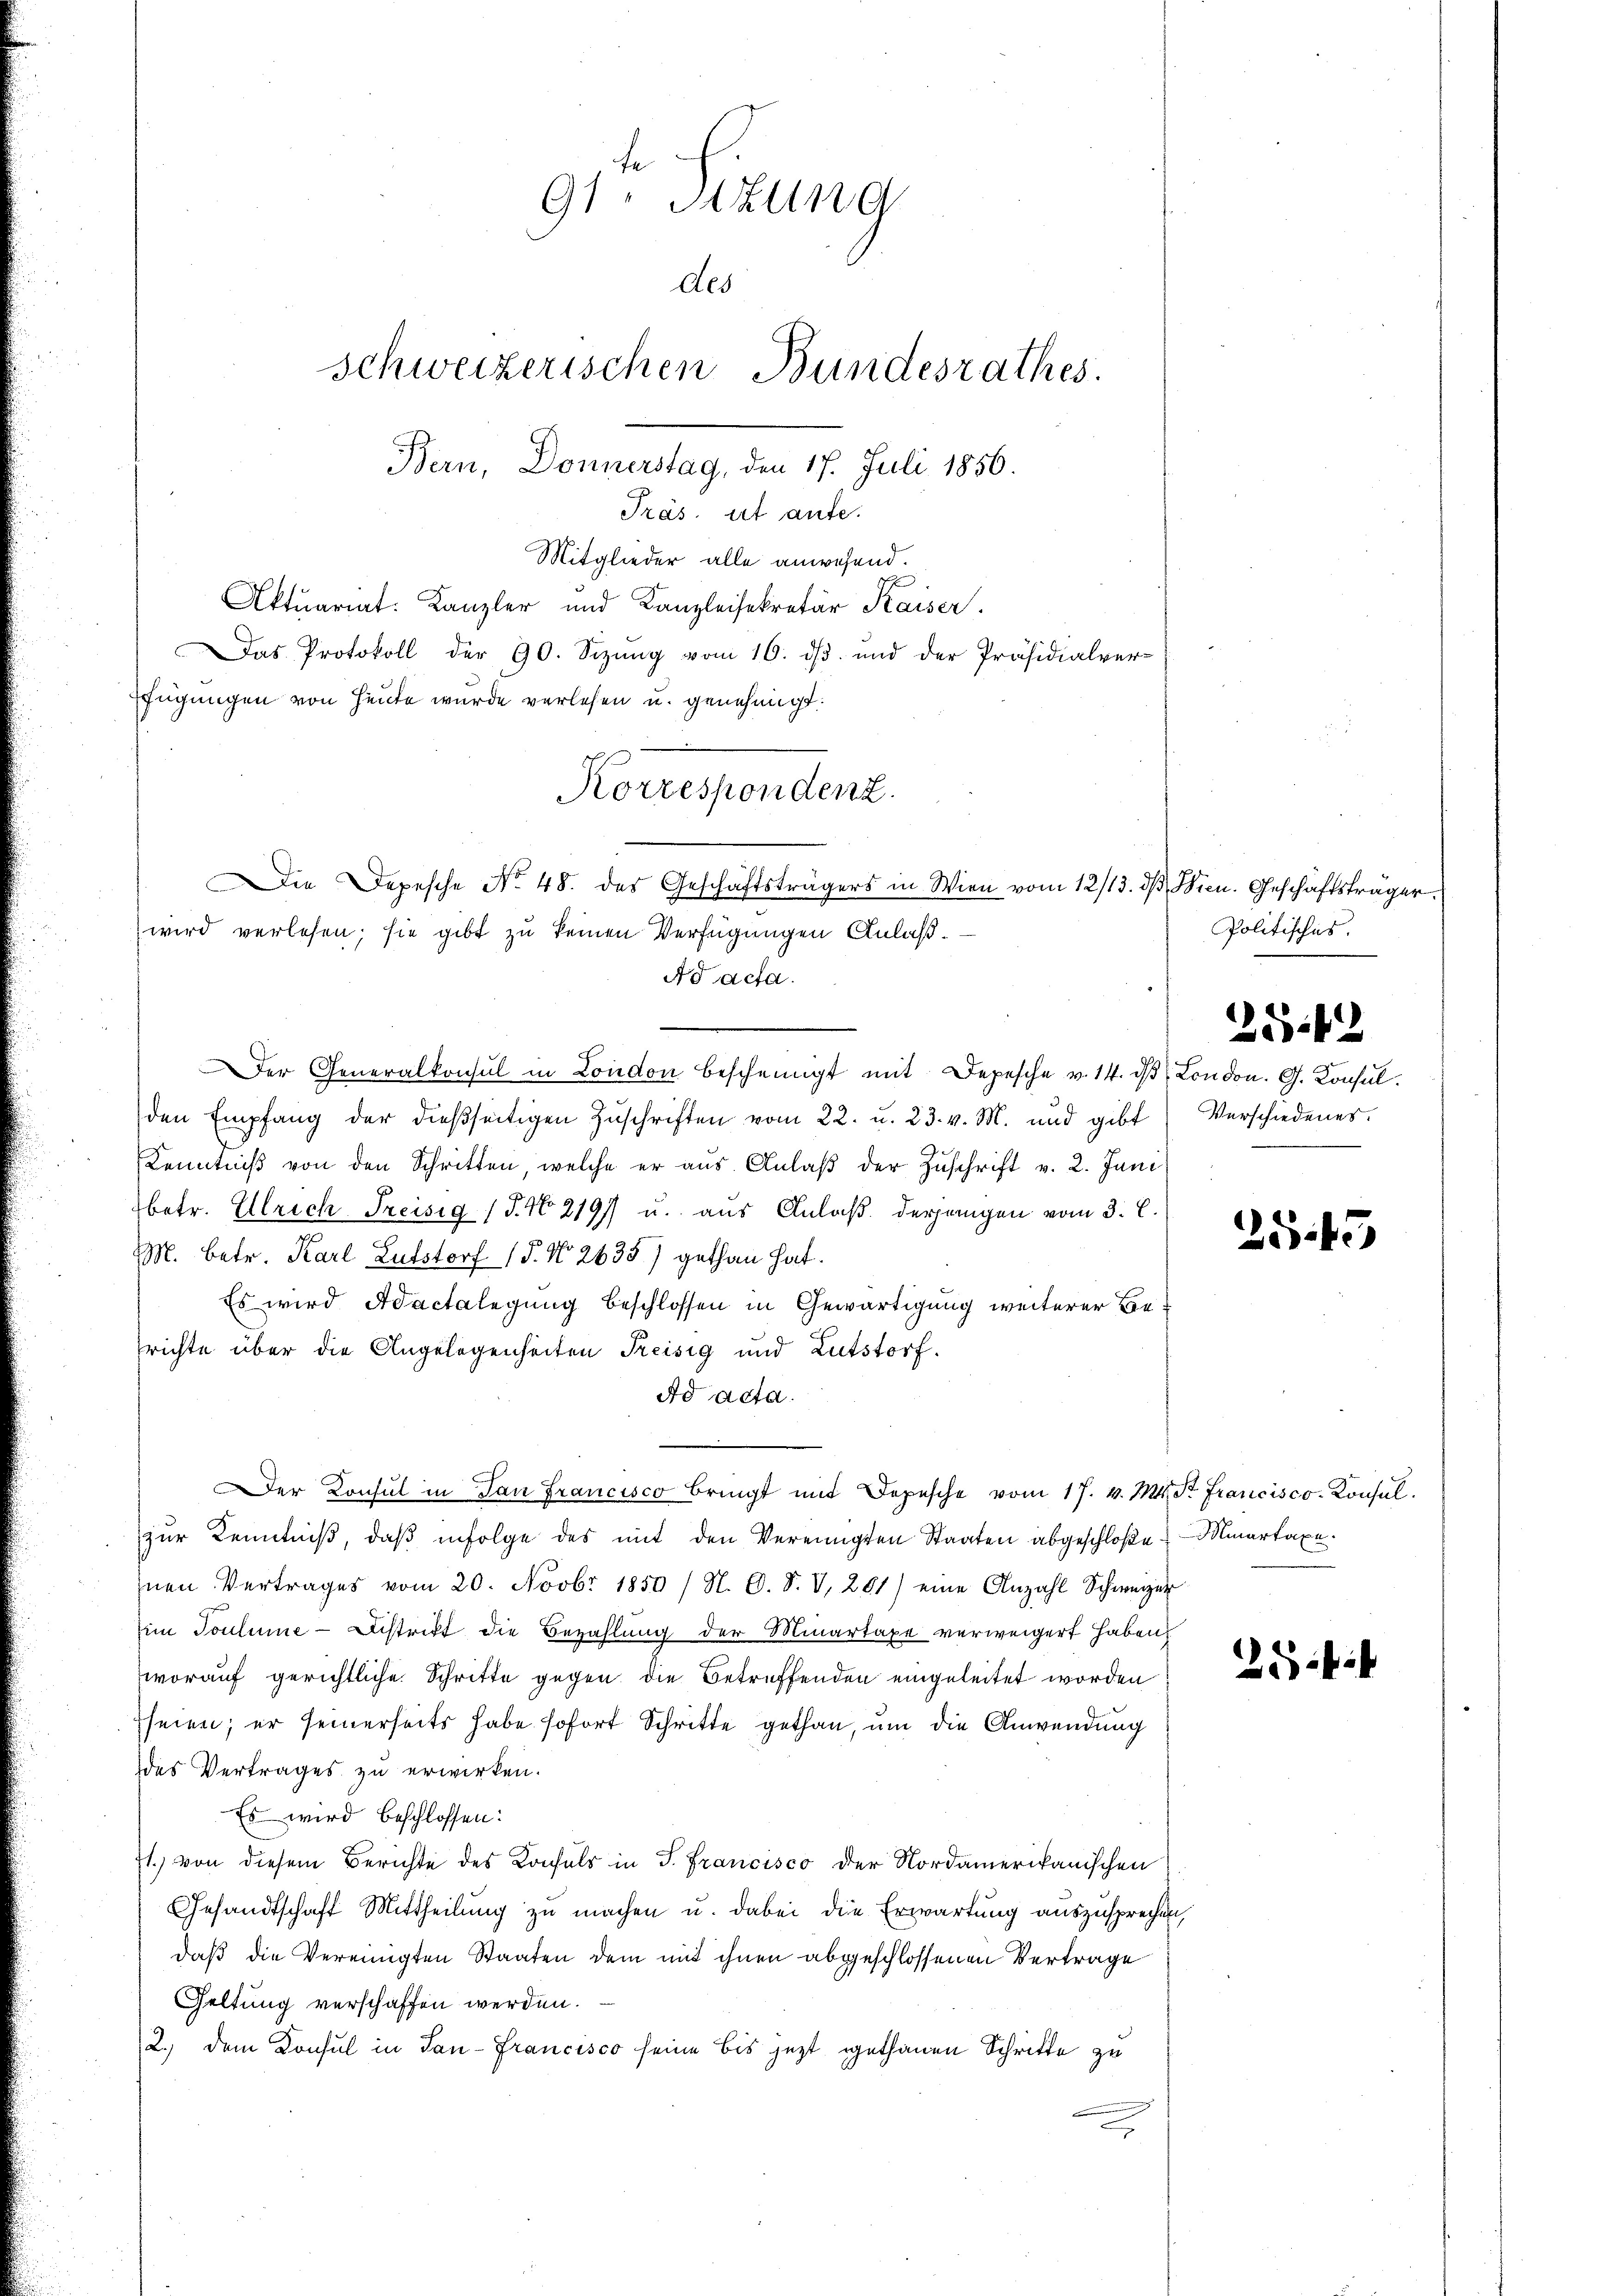
91. Sitzung
des
schweizerischen Bundesrathes.
Bern, Donnerstag, den 17. Juli 1856.
Präs. ist aufe.

Mitglieder alle anwesend.
Aktuariat. Kanzler und Kanzleisekretär Kaiser.
Das Protokoll der 90. Sizŭng vom 16. dβ. und der Präsidialver-
fügungen von Heute wurde verlesen u. genehmigt.
Ad acta.
Der Generalkonsul in London bescheinigt mit Depesche v. 14. dβ, London. G. Konsul
den Empfang der dießseitigen Zŭschriften vom 22. u. 23. v. M. und gibt Verschiedenes.
Kenntniß von den Schritten, welche er aus Anlaß der Zuschrift v. 2. Juni
betr. Ulrich Preisig (T. No 2197 u. aus Anlaß derjungen vom 3. C.
M. betr. Karl Lutstorf (§. No 2635) gethan hat.
Es wird Adactelegung beschlossen in Gewärtigung weiterer Berichte über die Angelegenheiten Preisig und Lutstorf.
Ad Acta.
er Konsul in Tan Francisco bringt mit Depesche vom 17. v. Mts. St. Francisco-Konsul
zŭr Kenntniβ, daβ infolge des mit den Vereinigten Staaten abgeschloße Martaxe.
Inen Vertrages vom 20. Novbr. 1850 (N. O. S. V, 281) eine Anzahl Schweizer
im Toutume - Distritt die Bezahlung der Minartage verweigert haben
worauf gerichtliche Schritte gegen die Betreffenden eingeleitet worden
seien; er seinerseits habe sofort Schritte gethan, um die Anwendung
des Vertrages zu erwirken.
Es wird beschlossen:
st.) von diesem Berichte des Konsuls in P. Francisco der Nordamerikanischen
Gesandtschaft Mittheilung zu machen u. dabei die Erwartung auszusprechen,
daß die Vereinigten Staaten dem mit ihnen abgeschlossenen Vertrage
Geltung verschaffen werden.
2.) dem Konsul in San-Francisco seine bis jezt gethanen Schritte zu

Korrespondenz.
ie Depesche No 48. des Geschäftsträgers in Wien vom 12/13. dβ Wien. Geschäftsträger.
wird verlesen; sie gibt zu keinen Verfügungen Anlaß.

Politisches.

25.42

255

254